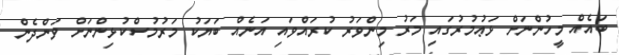
ބައެއް މީހުންނަށް ޅަޢުމުރުގައި މަރު މިންވަރު ކުރައްވައި އަނެއް ބަޔަކު މަރުމުސްކުޅިންނަށް ވަންދެން